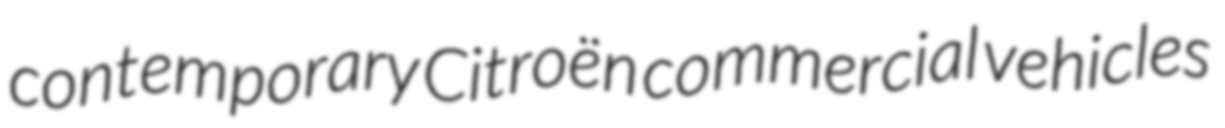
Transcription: contemporary Citroën commercial vehicles